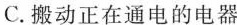
C.搬动正在通电的电器